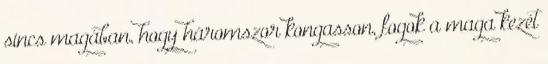
sincs magában, hogy háromszor kongasson, fogok a maga kezét